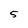
Character: 5